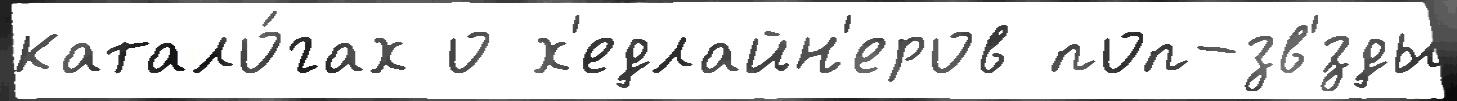
катало́гах о х'едлайн'еров поп-зв'́зды